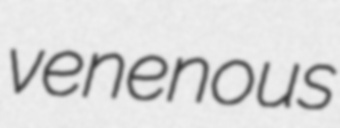
venenous